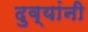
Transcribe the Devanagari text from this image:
दुव्यांनी